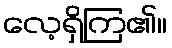
လေ့ရှိကြ၏။